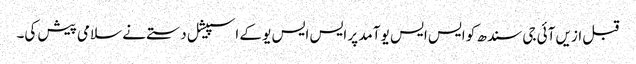
قبل ازیں آئی جی سندھ کو ایس ایس یو آمد پر ایس ایس یو کے اسپیشل دستے نے سلامی پیش کی۔